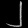
Digit: ၂